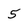
Character: 5